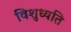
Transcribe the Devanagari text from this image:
विशुध्यति